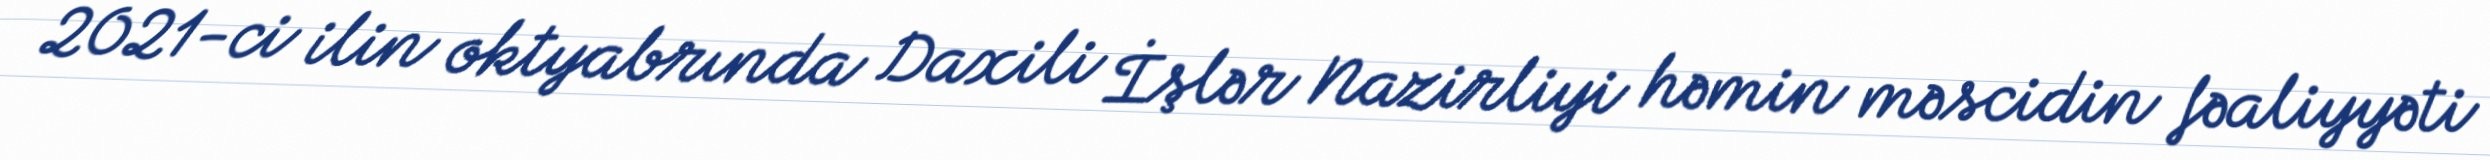
2021-ci ilin oktyabrında Daxili İşlər Nazirliyi həmin məscidin fəaliyyəti